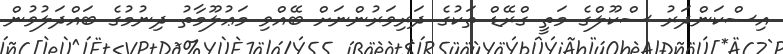
އިސްކަންދަރު ސްކޫލްގެ މަތީ ގްރޭޑް ތަކުގެ ދަރިވަރުންނަށް ބޭއްވި މަޢުލޫމާތު ދިނުމުގެ ބައްދަލުވުން